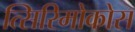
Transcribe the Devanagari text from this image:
त्सिरिमोकोस